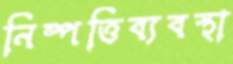
নিষ্পত্তিব্যবস্থা